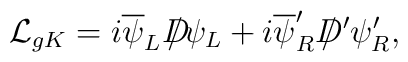
{\cal L}_{gK} = i \overline{\psi}_L D\!\!\!\!/ \psi_L + i\overline{\psi}'_R D\!\!\!\!/\,' \psi'_R,